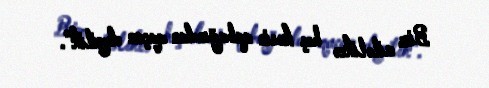
Biz ailəlikcə heç kəsin qabağından qaçan deyilik".